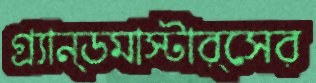
গ্র্যান্ডমাস্টার্সের